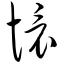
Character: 怀